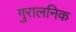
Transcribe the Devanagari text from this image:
गुरालनिक